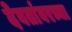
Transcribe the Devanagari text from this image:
देवतांवरच्या